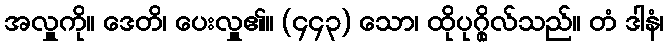
အလှူကို။ ဒေတိ၊ ပေးလှူ၏။ (၄၄၃) သော၊ ထိုပုဂ္ဂိုလ်သည်။ တံ ဒါနံ၊